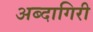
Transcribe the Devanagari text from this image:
अब्दागिरी